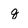
Character: q